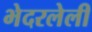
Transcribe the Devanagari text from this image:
भेदरलेली